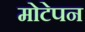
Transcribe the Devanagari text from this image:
मोटेपन